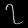
Digit: ၇